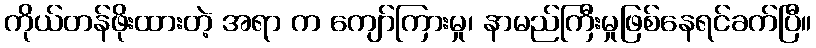
ကိုယ်တန်ဖိုးထားတဲ့ အရာ က ကျော်ကြားမှု၊ နာမည်ကြီးမှုဖြစ်နေရင်ခက်ပြီ။